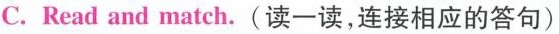
C. Read and match. (读一读,连接相应的答句)